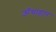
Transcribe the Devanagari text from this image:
ऊँचाहार